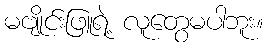
မဗျိုင်းဖြူရဲ့ လူတွေမပါဘူး။